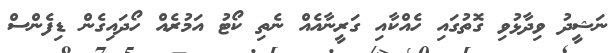
ނަޝީދު ވިދާޅުވި ގޮތުގައި ހެއްކާއި ގަރީނާއެއް ނެތި ކޯޓު އަމުރެއް ހޯދައިގެން ޑިފެންސް